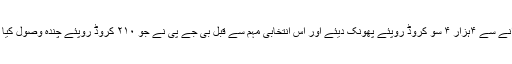
۲۰۱۸ ؁ تک اپنی تشہیر پر مودی جی سرکاری خزانے سے ۴ہزار ۴ سو کروڈ روپئے پھونک دیئے اور اس انتخابی مہم سے قبل بی جے پی نے جو ۲۱۰ کروڈ روپئے چندہ وصول کیا ہیاس کا بڑا حصہ مودی جی جلسوں پر لٹایا جارہا ہے۔